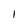
Character: 1